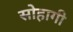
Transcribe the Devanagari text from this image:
सोहागी